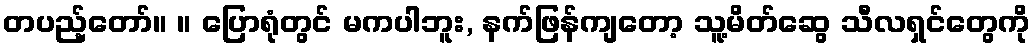
တပည့်တော်။ ။ ပြောရုံတွင် မကပါဘူး, နက်ဖြန်ကျတော့ သူ့မိတ်ဆွေ သီလရှင်တွေကို